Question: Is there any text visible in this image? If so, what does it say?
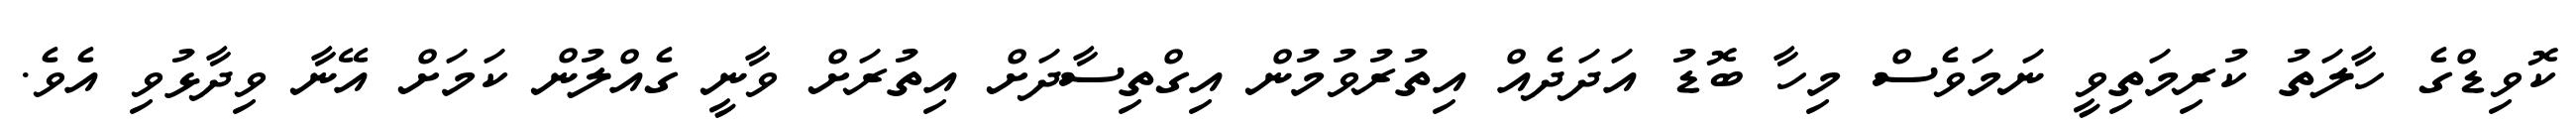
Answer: ކޮވިޑްގެ ހާލަތު ކުރިމަތިވީ ނަމަވެސް މިހާ ބޮޑު އަދަދެއް އިތުރުވުމުން އިގްތިސާދަށް އިތުރަށް ވާނީ ގެއްލުން ކަމަށް އޭނާ ވިދާޅުވި އެވެ.